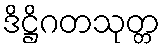
ဒိဋ္ဌိဂတသုတ္တ